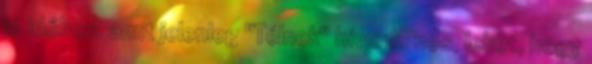
jó időben, amit jelenleg "Télnek" hívunk. nos, lehet, hogy